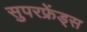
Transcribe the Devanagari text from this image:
सुपरफ्रेंड्स